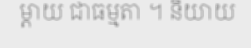
ម្តាយ ជាធម្មតា ។ និយាយ